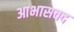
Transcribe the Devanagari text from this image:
आभासवद